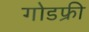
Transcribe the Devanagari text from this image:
गोडफ्री